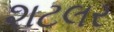
શટલર